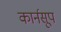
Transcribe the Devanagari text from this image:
कार्नसूप